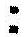
: